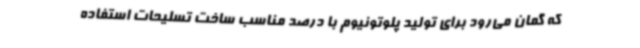
که گمان می‌رود برای تولید پلوتونیوم با درصد مناسب ساخت تسلیحات استفاده